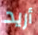
أريد